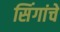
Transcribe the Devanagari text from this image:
सिंगांचे